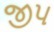
જીપ